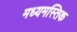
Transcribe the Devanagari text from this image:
मध्यमस्तिक